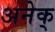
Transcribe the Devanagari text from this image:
अनेक्